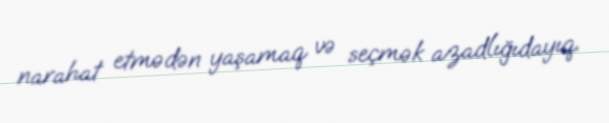
narahat etmədən yaşamaq və seçmək azadlığıdayıq.